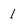
Character: 1